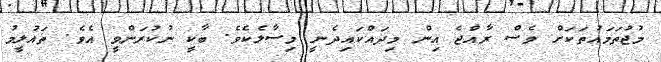
މުޖުތަމައުތަކަށް ވެސް ރާއްޖެ އިން މިދައްކައިދެނީ މިސާލެކެވެ. ބާކީ ނުކުރަންވީ އެވެ. ތައުލީމު